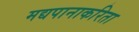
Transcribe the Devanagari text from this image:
मद्यपानाकरिता